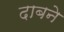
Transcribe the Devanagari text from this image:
दाबने